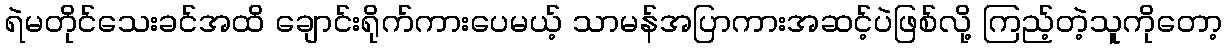
ရဲမတိုင်သေးခင်အထိ ချောင်းရိုက်ကားပေမယ့် သာမန်အပြာကားအဆင့်ပဲဖြစ်လို့ ကြည့်တဲ့သူကိုတော့